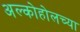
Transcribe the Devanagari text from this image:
अल्कोहोलच्या